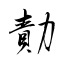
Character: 勣